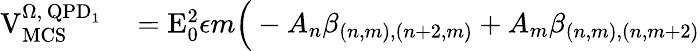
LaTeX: \begin{array}{rl}{\mathrm{V}_{\mathrm{MCS}}^{\Omega,\, \mathrm{QPD}_{1}}}&{{}=\mathrm{E}_{0}^{2}\epsilon m\Big(-A_{n}\beta_{(n,m),(n+2,m)}+A_{m}\beta_{(n,m),(n,m+2)}}\end{array}